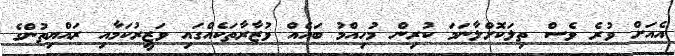
އެއަށް ވުރެ ވެސް ތިލަކޮށްލާނަމަ ކުރިން މުހިއްމު ބައެއް ވުޒާރާތަކެއްގައި ވަޒީރުކަމާއި ރައްޔިތުންގެ